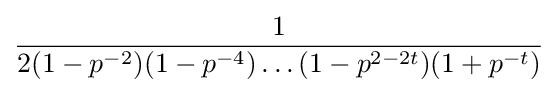
{1 \over 2(1-p^{-2})(1-p^{-4})\dots (1-p^{2-2t})(1+p^{-t})}